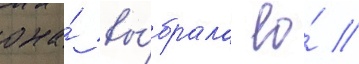
она́ вы́брала ео́ /